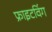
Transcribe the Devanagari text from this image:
फ्राइटविंग